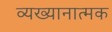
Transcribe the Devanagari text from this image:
व्यख्यानात्मक